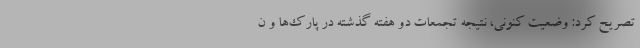
تصریح کرد: وضعیت کنونی، نتیجه تجمعات دو هفته گذشته در پارک‌ها و ن